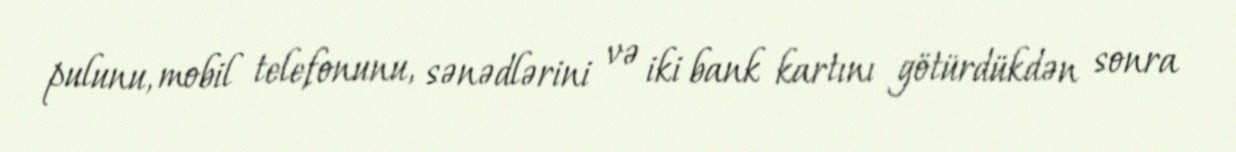
pulunu, mobil telefonunu, sənədlərini və iki bank kartını götürdükdən sonra